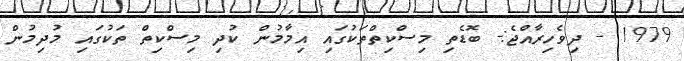
1979 - ދިވެހިރާއްޖެ:- ބޮޑެތި މިސްކިތްތަކުގައި އިމާމުން ކުދި މިސްކިތް ތަކުގައި މުދިމުން